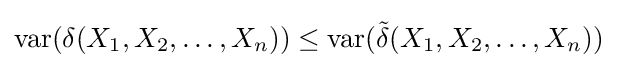
\operatorname {var} (\delta (X_{1},X_{2},\ldots ,X_{n}))\leq \operatorname {var} ({\tilde {\delta }}(X_{1},X_{2},\ldots ,X_{n}))